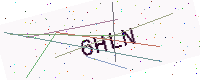
Text: 6HLN